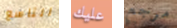
التاسع عليك مرجع